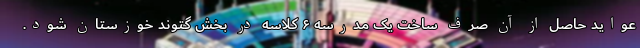
عواید حاصل از آن صرف ساخت یک مدرسه ۶ کلاسه در بخش گتوند خوزستان شود.